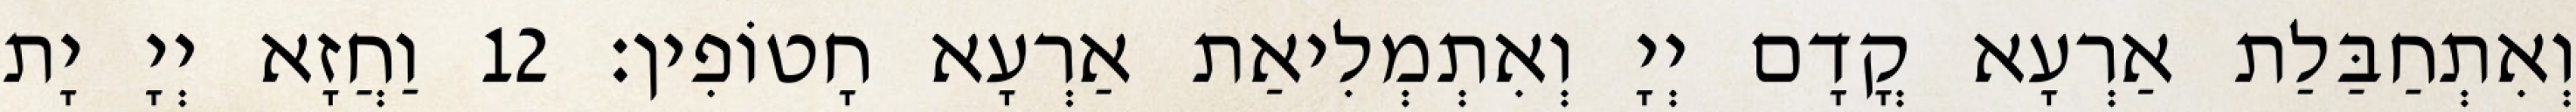
וְאִתְחַבַּלַת אַרְעָא קֳדָם יְיָ וְאִתְמְלִיאַת אַרְעָא חָטוֹפִין׃ 12 וַחֲזָא יְיָ יָת